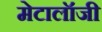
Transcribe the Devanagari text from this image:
मेटालॉजी